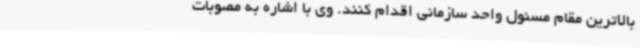
بالاترین مقام مسئول واحد سازمانی اقدام کنند. وی با اشاره به مصوبات